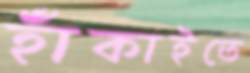
হাঁকাইতে